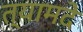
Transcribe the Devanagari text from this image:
त्यामदे